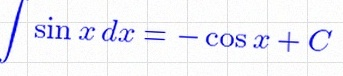
\int \sin x\,dx=-\cos x+C